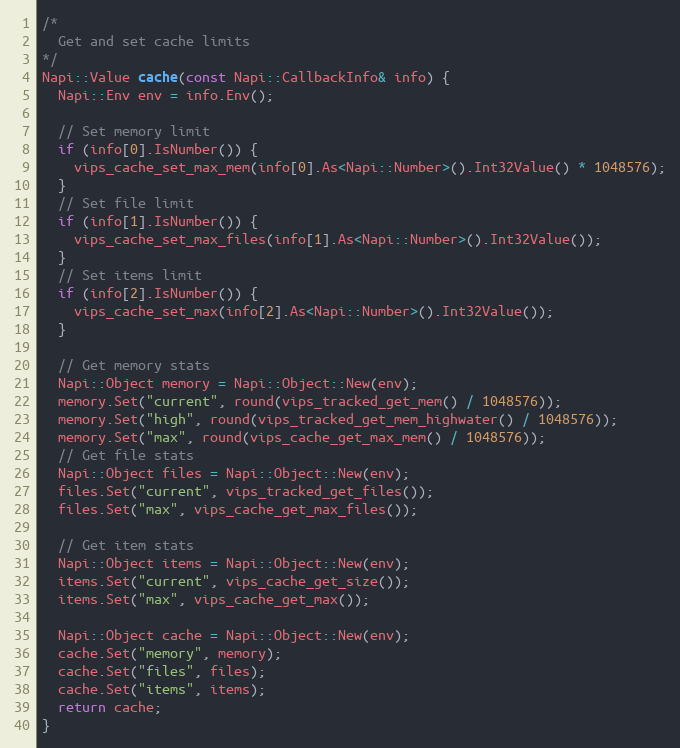
Language: C++
/*
  Get and set cache limits
*/
Napi::Value cache(const Napi::CallbackInfo& info) {
  Napi::Env env = info.Env();

  // Set memory limit
  if (info[0].IsNumber()) {
    vips_cache_set_max_mem(info[0].As<Napi::Number>().Int32Value() * 1048576);
  }
  // Set file limit
  if (info[1].IsNumber()) {
    vips_cache_set_max_files(info[1].As<Napi::Number>().Int32Value());
  }
  // Set items limit
  if (info[2].IsNumber()) {
    vips_cache_set_max(info[2].As<Napi::Number>().Int32Value());
  }

  // Get memory stats
  Napi::Object memory = Napi::Object::New(env);
  memory.Set("current", round(vips_tracked_get_mem() / 1048576));
  memory.Set("high", round(vips_tracked_get_mem_highwater() / 1048576));
  memory.Set("max", round(vips_cache_get_max_mem() / 1048576));
  // Get file stats
  Napi::Object files = Napi::Object::New(env);
  files.Set("current", vips_tracked_get_files());
  files.Set("max", vips_cache_get_max_files());

  // Get item stats
  Napi::Object items = Napi::Object::New(env);
  items.Set("current", vips_cache_get_size());
  items.Set("max", vips_cache_get_max());

  Napi::Object cache = Napi::Object::New(env);
  cache.Set("memory", memory);
  cache.Set("files", files);
  cache.Set("items", items);
  return cache;
}